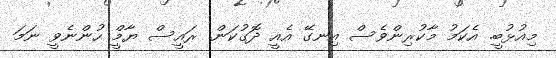
މިއުޅުބީ. އެކަމު މާކުރިންވެސް އިނގޭ އެއީ ދޮގުކަން. ރައީސް ޔާމީްް ހުންނެވީ ނަމަ